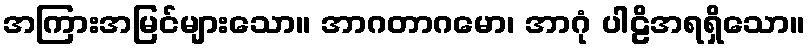
အကြားအမြင်များသော။ အာဂတာဂမော၊ အာဂုံ ပါဠိအရရှိသော။